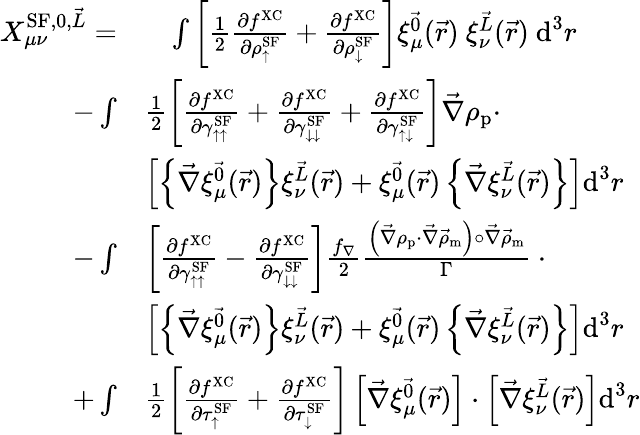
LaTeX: \begin{array}{rl}{X_{\mu\nu}^{\textrm{SF},0,\vec{L}}=}&{\phantom{+}\int\left[\frac{1}{2}\frac{\partial f^{\mathrm{XC}}}{\partial\rho_{\uparrow}^{\textrm{SF}}}+\frac{\partial f^{\mathrm{XC}}}{\partial\rho_{\downarrow}^{\textrm{SF}}}\right]\xi_{\mu}^{\vec{0}}(\vec{r})~\xi_{\nu}^{\vec{L}}(\vec{r})~\textrm{d}^{3}r}\\ {-\int}&{\frac{1}{2}\left[\frac{\partial f^{\mathrm{XC}}}{\partial\gamma_{\uparrow\uparrow}^{\textrm{SF}}}+\frac{\partial f^{\mathrm{XC}}}{\partial\gamma_{\downarrow\downarrow}^{\textrm{SF}}}+\frac{\partial f^{\mathrm{XC}}}{\partial\gamma_{\uparrow\downarrow}^{\textrm{SF}}}\right]\vec{\nabla}\rho_{\textrm{p}}\cdot}\\ &{\left[\left\{ \vec{\nabla}\xi_{\mu}^{\vec{0}}(\vec{r})\right\} \xi_{\nu}^{\vec{L}}(\vec{r})+\xi_{\mu}^{\vec{0}}(\vec{r})\left\{ \vec{\nabla}\xi_{\nu}^{\vec{L}}(\vec{r})\right\} \right]\textrm{d}^{3}r}\\ {-\int}&{\left[\frac{\partial f^{\mathrm{XC}}}{\partial\gamma_{\uparrow\uparrow}^{\textrm{SF}}}-\frac{\partial f^{\mathrm{XC}}}{\partial\gamma_{\downarrow\downarrow}^{\textrm{SF}}}\right]\frac{f_{\nabla}}{2}\frac{\left(\vec{\nabla}\rho_{\textrm{p}}\cdot\vec{\nabla}\vec{\rho}_{\textrm{m}}\right)\circ\vec{\nabla}\vec{\rho}_{\textrm{m}}}{\Gamma}~\cdot}\\ &{\left[\left\{ \vec{\nabla}\xi_{\mu}^{\vec{0}}(\vec{r})\right\} \xi_{\nu}^{\vec{L}}(\vec{r})+\xi_{\mu}^{\vec{0}}(\vec{r})\left\{ \vec{\nabla}\xi_{\nu}^{\vec{L}}(\vec{r})\right\} \right]\textrm{d}^{3}r}\\ {+\int}&{\frac{1}{2}\left[\frac{\partial f^{\mathrm{XC}}}{\partial\tau_{\uparrow}^{\textrm{SF}}}+\frac{\partial f^{\mathrm{XC}}}{\partial\tau_{\downarrow}^{\textrm{SF}}}\right]\left[\vec{\nabla}\xi_{\mu}^{\vec{0}}(\vec{r})\right]\cdot\left[\vec{\nabla}\xi_{\nu}^{\vec{L}}(\vec{r})\right]\textrm{d}^{3}r}\end{array}